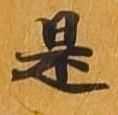
是